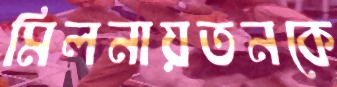
মিলনায়তনকে